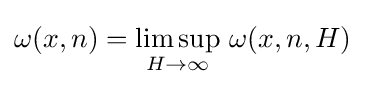
\omega (x,n)=\limsup _{H\to \infty }\,\omega (x,n,H)